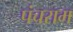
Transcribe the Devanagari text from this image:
पंचराम